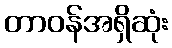
တာဝန်အရှိဆုံး